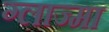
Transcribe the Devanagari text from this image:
ग्लाज्मा